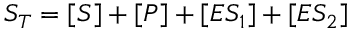
S _ { T } = [ S ] + [ P ] + [ E S _ { 1 } ] + [ E S _ { 2 } ]